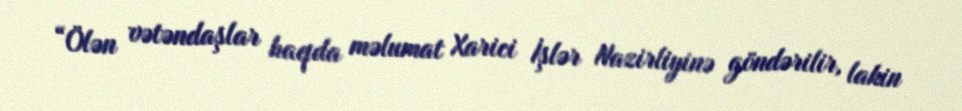
“Ölən vətəndaşlar haqda məlumat Xarici İşlər Nazirliyinə göndərilir, lakin